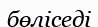
бөліседі